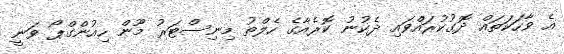
އެ ވާހަކަތައް ދޮގުކުރައްވައި ދެކުނު ކޮރެއާގެ ހެލްތު މިނިސްޓަރު މޫން ހިއުންގްޕޯ ވަނީ